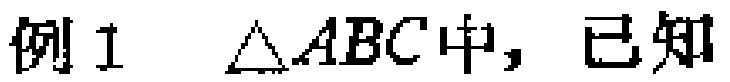
例1 $\triangle ABC$中，已知